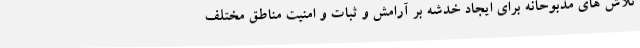
تلاش های مذبوحانه برای ایجاد خدشه بر آرامش و ثبات و امنیت مناطق مختلف